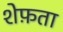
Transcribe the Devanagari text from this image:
शेफ़ता